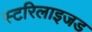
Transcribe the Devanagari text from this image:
स्टरिलाइजड